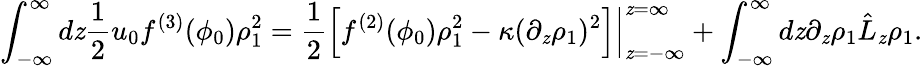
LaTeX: \int_{-\infty}^{\infty}d\mathit{z}\frac{{1}}{{2}}u_{0}f^{(3)}(\phi_{0})\rho_{1}^{2}=\frac{{1}}{{2}}\left.\left[f^{(2)}(\phi_{0})\rho_{1}^{2}-\kappa(\partial_{\mathit{z}}\rho_{1})^{2}\right]\right\vert_{\mathit{z}=-\infty}^{\mathit{z}=\infty}+\int_{-\infty}^{\infty}d\mathit{z}\partial_{\mathit{z}}\rho_{1}\hat{{L}}_{\mathit{z}}\rho_{1}.